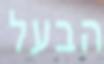
הבעל